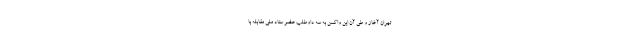
تهران آغاز و طی آن این واکسن به سه داوطلب عضو ستاد ملی مقابله با